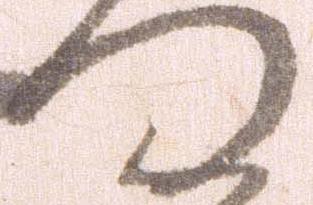
つ